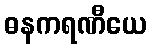
ဓနကရဏီယေ